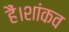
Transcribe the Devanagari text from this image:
हैं।शांकव